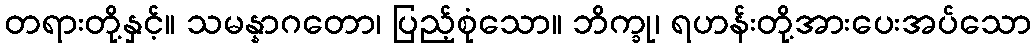
တရားတို့နှင့်။ သမန္နာဂတော၊ ပြည့်စုံသော။ ဘိက္ခု၊ ရဟန်းတို့အားပေးအပ်သော